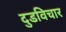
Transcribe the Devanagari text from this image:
दुडविचार